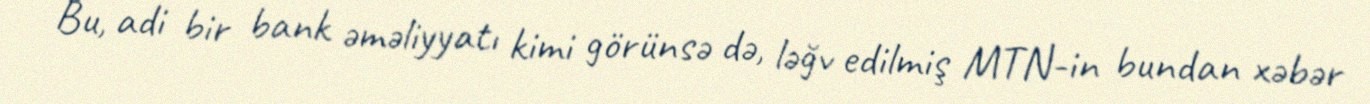
Bu, adi bir bank əməliyyatı kimi görünsə də, ləğv edilmiş MTN-in bundan xəbər